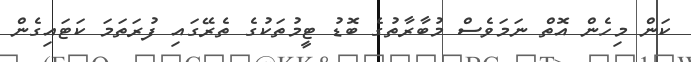
ކަން މިހެން އޮތް ނަމަވެސް މުބާރާތުގެ ބޮޑު ޓީމުތަކުގެ ތެރޭގައި ފުރަތަމަ ކަޓައިގެން